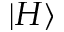
| H \rangle